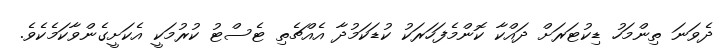
ދެވަނަ ތިންމަހު ޑިކުޓަރަށް ދައްކާ ކޮންމެފަހަރަކު ކުޑަކަމުދާ އެއްޗެތި ޓެސްޓު ކުރުމަކީ އެކަށީގެންވާކަމެކެވެ.